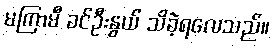
မကြာမီ ခင်ဦးနွယ် သိခဲ့ရလေသည်။